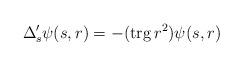
LaTeX: \begin{align*} \Delta^{\prime}_s \psi(s,r) = - ({\rm trg}\,r^2) \psi(s,r)\end{align*}